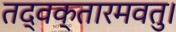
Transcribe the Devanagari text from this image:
तद्वक्तारमवतु।